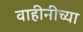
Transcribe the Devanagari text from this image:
वाहीनीच्या